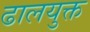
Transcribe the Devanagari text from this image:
ढालयुक्त